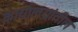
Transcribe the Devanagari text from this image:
कार्यालयांतील